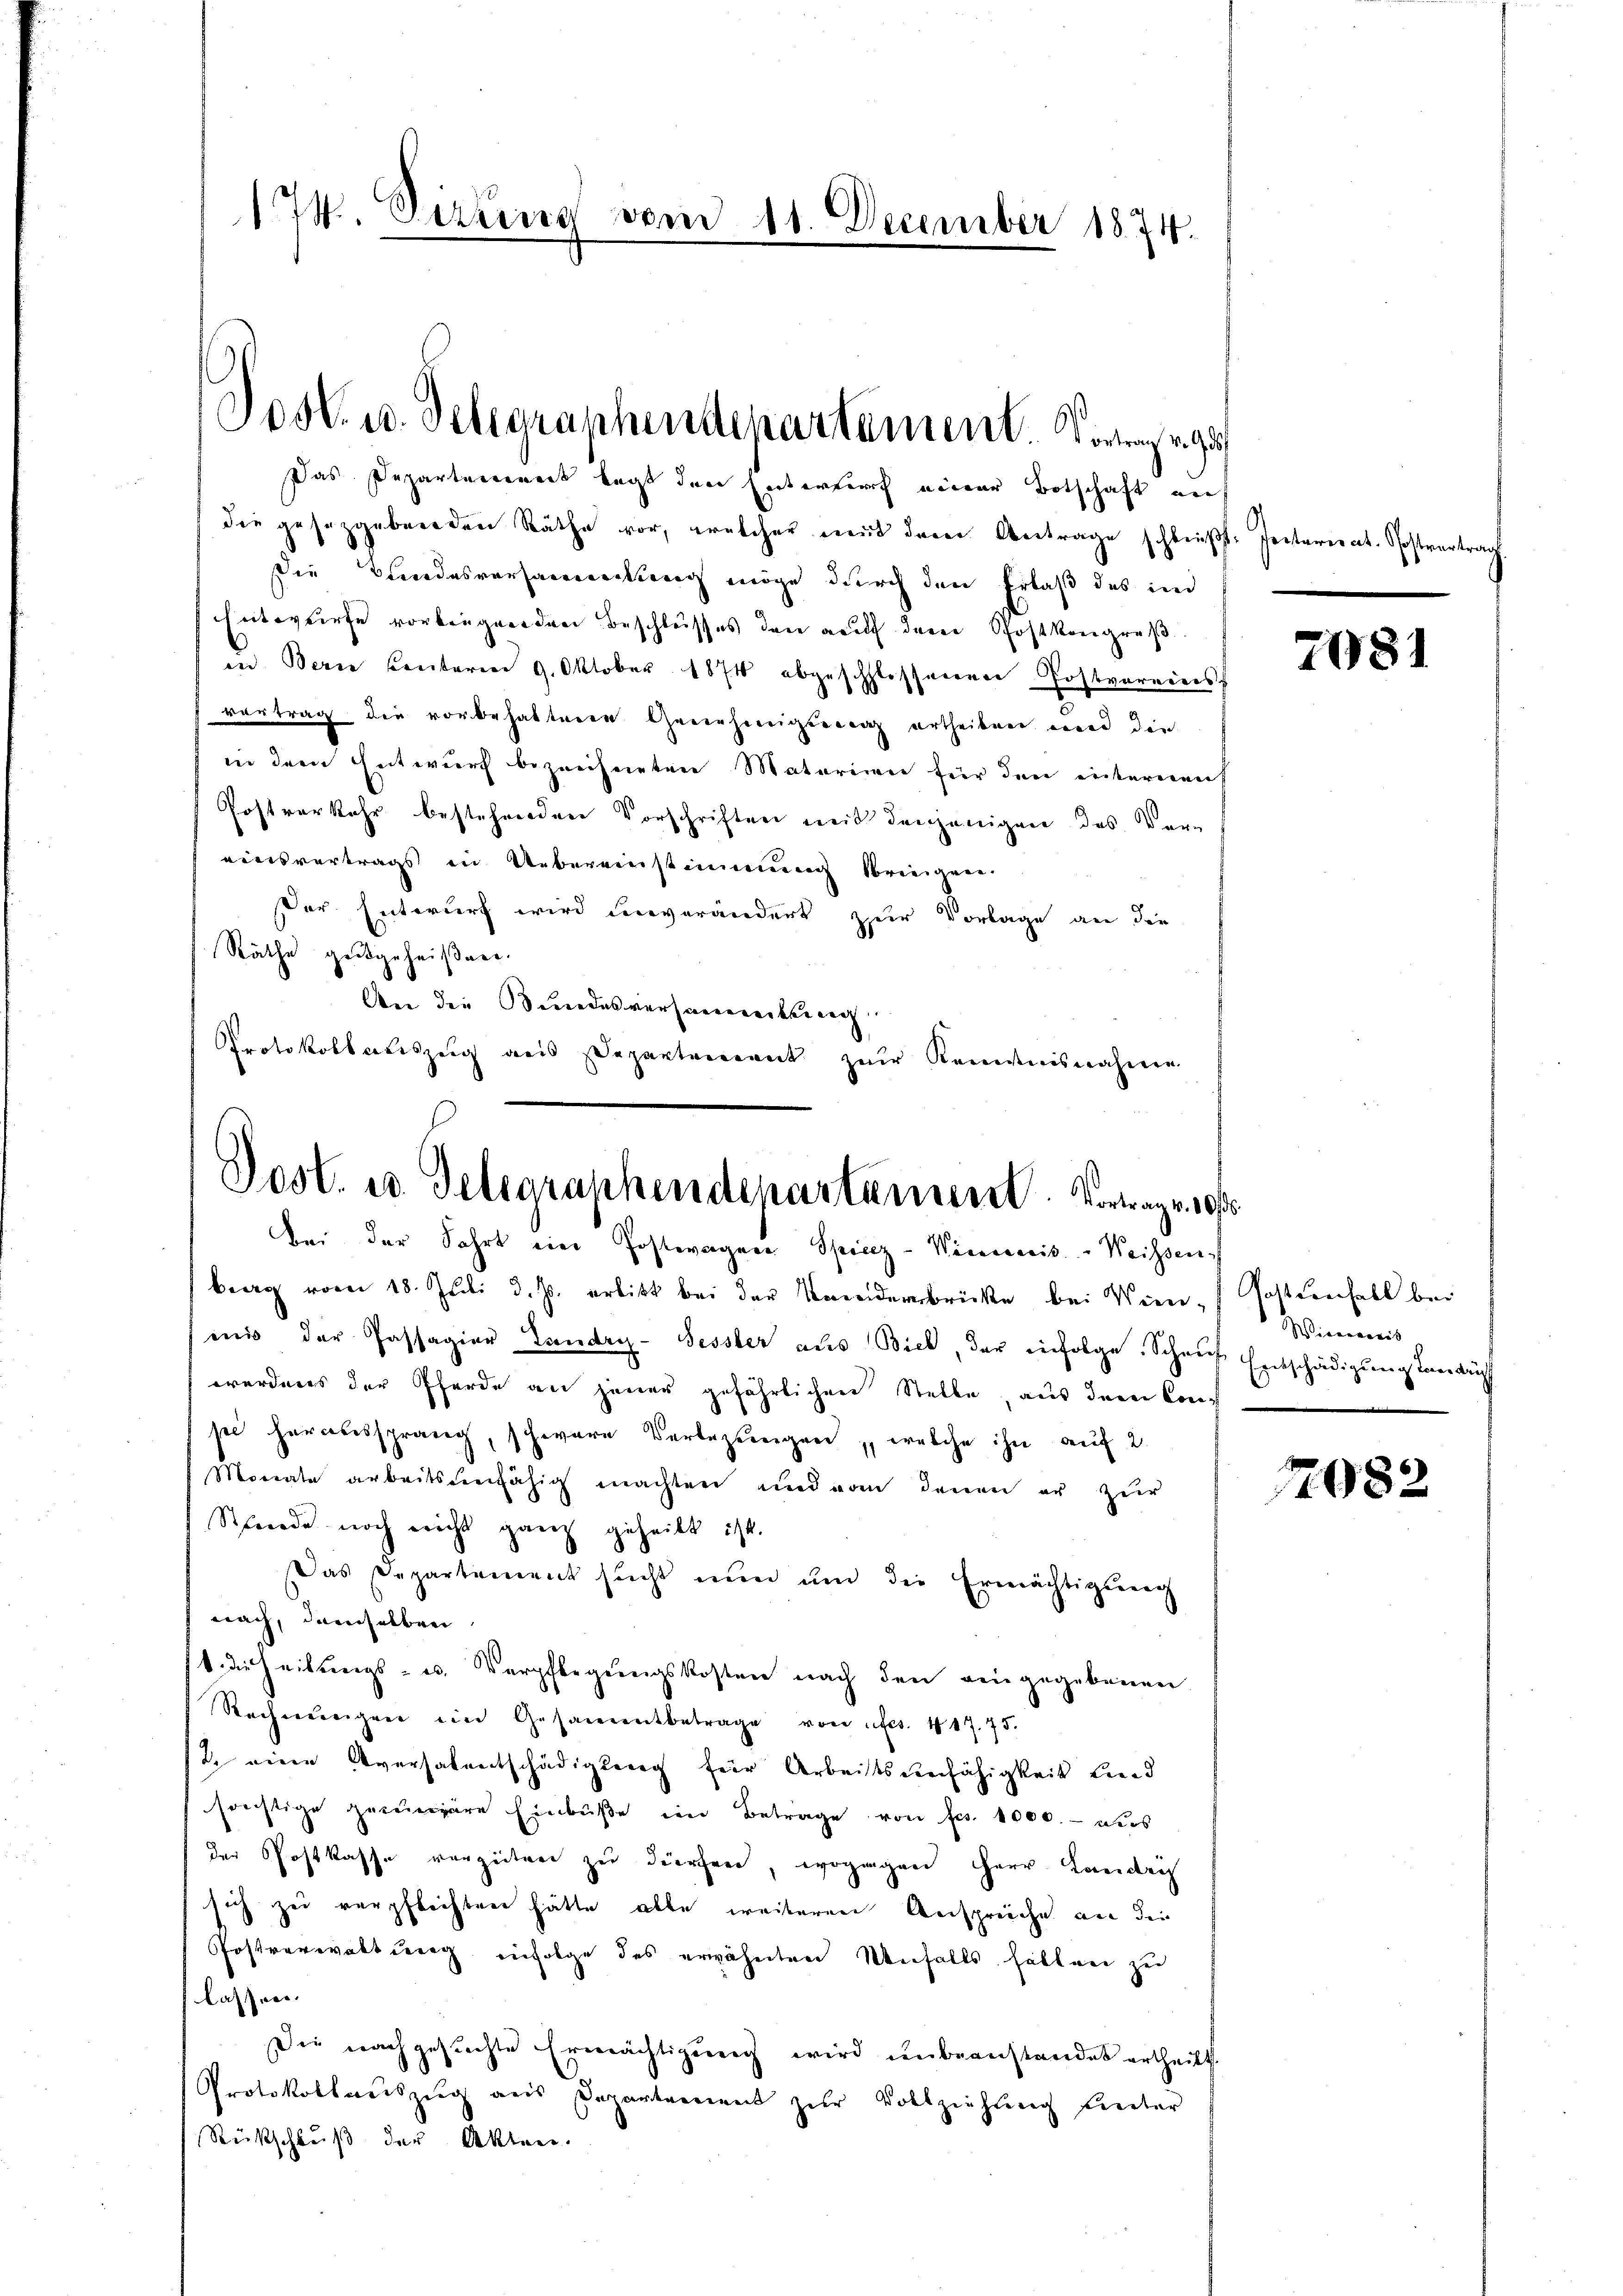
174. Sirung vom 11. December 1874.

Das Departenweit legt den Entersuch einer Botschaft auf
die gesetzgebenden Räthe vor, welcher mit der Vertrage schließt: Petariat. Postvertrag
Die Kindesversammenkung möge durch den Erlaß des ind
Entwurfe vorbeiger den Beschlusses den auf derer Postkongruß
in Bern Contoren 9. Oktober 1874 abgeschlossenen Postvereies
vortrag die vorbehalteren Genehmigung ertheilen wird die
in dem Entwurf bezeichneten Materien für den internenf
Postverkehr bestehendere Vorschriften mit denjenigen das Ver-
einsvertrags in Uebereinstimmung kriegen.
Der Entwurf wird unverändert zur Vorlage an die
Räthe geigeheißen.
An die Bundesversamereitung
Protokollauszug aus Departenant zur Kenntnisnahmen

Jost u. Telegraphendepartement. Vorgega

Dost. u. Telegraphendepartement. Vortrage
bei der Fahrt eine Postwagen Spiez-Weineris Weissen,

berg vom 18. Juli d. Js. erlitt bei der Vereidersbrücke bei Wien, Postdenfall bei
mnis der Passagier Landry- Sessler aus Bick, der infolge. Schaut Entschädigung Landr
werdens der Pferde an jener gefährlichen Stelle, aus dem Conpe heraussprang, schwere Verbezungen, welche ihn auf 2
Monate arbeitsunfähig machten und von denen er zur
Strnade noch nicht ganz geheilt ist.
Das Departement sucht nŭn ŭm die Ermächtigung
nach, damselben
1 die Heilungs- u. Verpflegungskosten nach den eingegebenen
Rechnŭngen im Gesammtbetrage von efcs. 417. 75.
2. eine Aversalentschädigung für Arbeitsunfähigkeit Land
sonstige gerinäre Einbŭβe im Betrage von fes. 1000.- aus
der Postkasse vergüten zu dürfen, wogangen Herr Landris
sich zu verpflichten hätte alle weiteren Anspreche au der
Postverwaltung infolge des erwähnten Unfalls hätten zu
lassen.
Die nachgesŭchte Ermächtigŭng wird ŭnbeanstandet ertheilt.
Protokollauszug aus Departement zŭr Vollziehung kneter
Rückschluß der Akten.

2081

Wieweis

1082